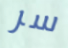
سر